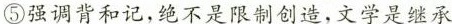
⑤强调背和记，绝不是限制创造，文学是继承